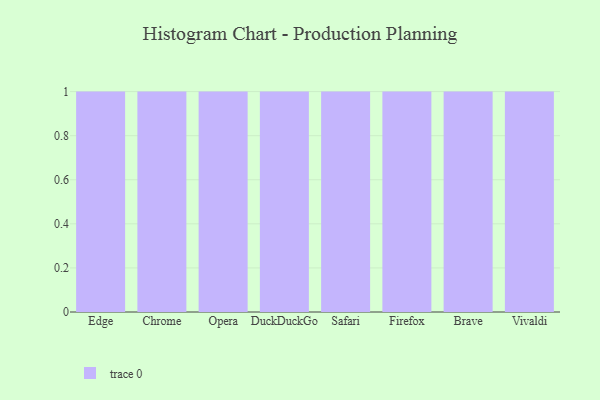
{"axis": {"x": "Browser", "y": "Production Output"}, "legend": [""], "data": [{"x": "Edge", "y": 51, "type": ""}, {"x": "Chrome", "y": 30, "type": ""}, {"x": "Opera", "y": 90, "type": ""}, {"x": "DuckDuckGo", "y": 12, "type": ""}, {"x": "Safari", "y": 66, "type": ""}, {"x": "Firefox", "y": 88, "type": ""}, {"x": "Brave", "y": 69, "type": ""}, {"x": "Vivaldi", "y": 91, "type": ""}]}